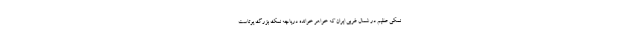
نمکی عظیم در شمال غربی ایران که خواهر خوانده دریاچه نمک بزرگ یوتاست